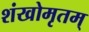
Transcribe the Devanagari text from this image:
शंखोमृतम्